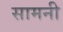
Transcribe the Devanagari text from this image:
सामनी